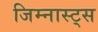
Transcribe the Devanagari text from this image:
जिम्नास्ट्स